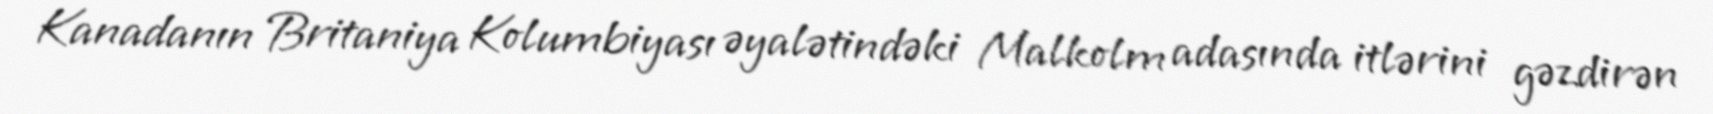
Kanadanın Britaniya Kolumbiyası əyalətindəki Malkolm adasında itlərini gəzdirən